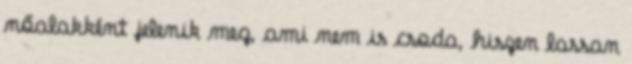
nőalakként jelenik meg, ami nem is csoda, hiszen lassan